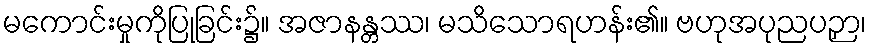
မကောင်းမှုကိုပြုခြင်း၌။ အဇာနန္တဿ၊ မသိသောရဟန်း၏။ ဗဟုအပုညပဉှာ၊